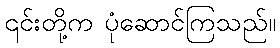
၎င်းတို့က ပုံဆောင်ကြသည်။